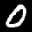
Label: 0